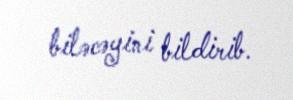
biləcəyini bildirib.